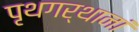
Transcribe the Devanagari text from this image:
पृथगर्थानां